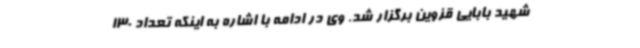
شهید بابایی قزوین برگزار شد. وی در ادامه با اشاره به اینکه تعداد 130